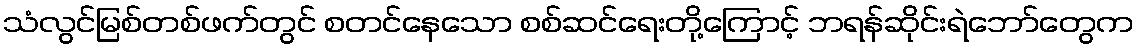
သံလွင်မြစ်တစ်ဖက်တွင် စတင်နေသော စစ်ဆင်ရေးတို့ကြောင့် ဘရန်ဆိုင်းရဲဘော်တွေက